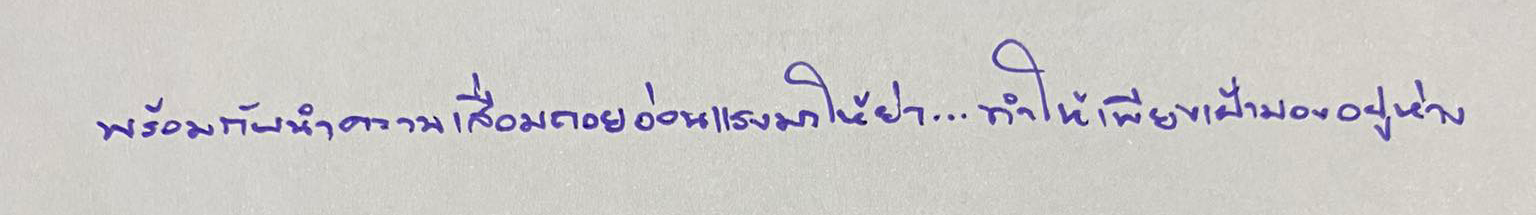
พร้อมกับนำความเสื่อมถอยอ่อนแรงมาให้ย่า...ทำให้เพียงเฝ้ามองอยู่ห่าง